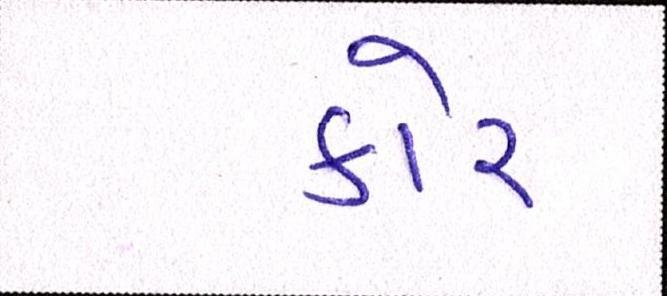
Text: કોર